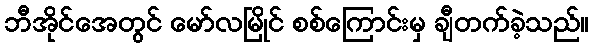
ဘီအိုင်အေတွင် မော်လမြိုင် စစ်ကြောင်းမှ ချီတက်ခဲ့သည်။